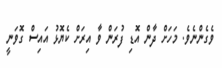
ވެގެންނެވެ. މަހަށް ދާން އޮޑި ފުރަން ވާ އިރަށް ކެޔޮޅު އައިސް ގޮވަނީ